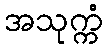
အသုက္ကံ